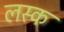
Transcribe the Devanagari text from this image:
लस्क